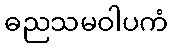
ဓညသမဝါပကံ